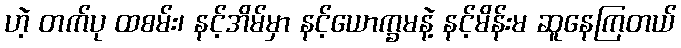
ဟဲ့ တက်ပု ထစမ်း၊ နင့်အိမ်မှာ နင့်ယောက္ခမနဲ့ နင့်မိန်းမ ဆူနေကြတယ်